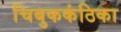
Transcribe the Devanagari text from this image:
चिबुककंठिका